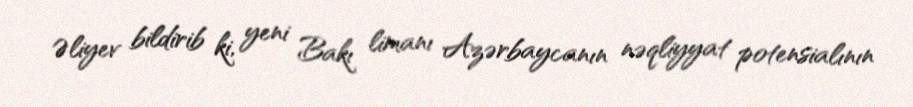
Əliyev bildirib ki, yeni Bakı limanı Azərbaycanın nəqliyyat potensialının